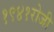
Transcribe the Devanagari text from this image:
१९४१रोजी